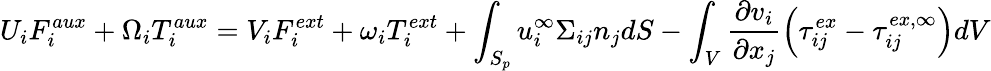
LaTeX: U_{i}F_{i}^{aux}+\Omega_{i}T_{i}^{aux}=V_{i}F_{i}^{ext}+\omega_{i}T_{i}^{ext}+\int_{S_{p}}u_{i}^{\infty}\Sigma_{ij}n_{j}dS-\int_{V}\frac{\partial v_{i}}{\partial x_{j}}\left(\tau_{ij}^{ex}-\tau_{ij}^{ex,\infty}\right)dV